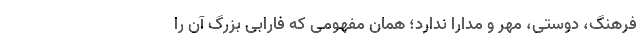
فرهنگ، دوستی، مهر و مدارا ندارد؛ همان مفهومی که فارابی بزرگ آن را